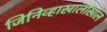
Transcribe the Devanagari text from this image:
जिनिव्हाखालोखाल